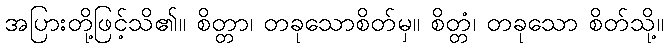
အပြားတို့ဖြင့်သိ၏။ စိတ္တာ၊ တခုသောစိတ်မှ။ စိတ္တံ၊ တခုသော စိတ်သို့။